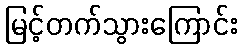
မြင့်တက်သွားကြောင်း